Annual administration report of the Civil Veterinary Department, Sind - 1937-1938
Year: 1937
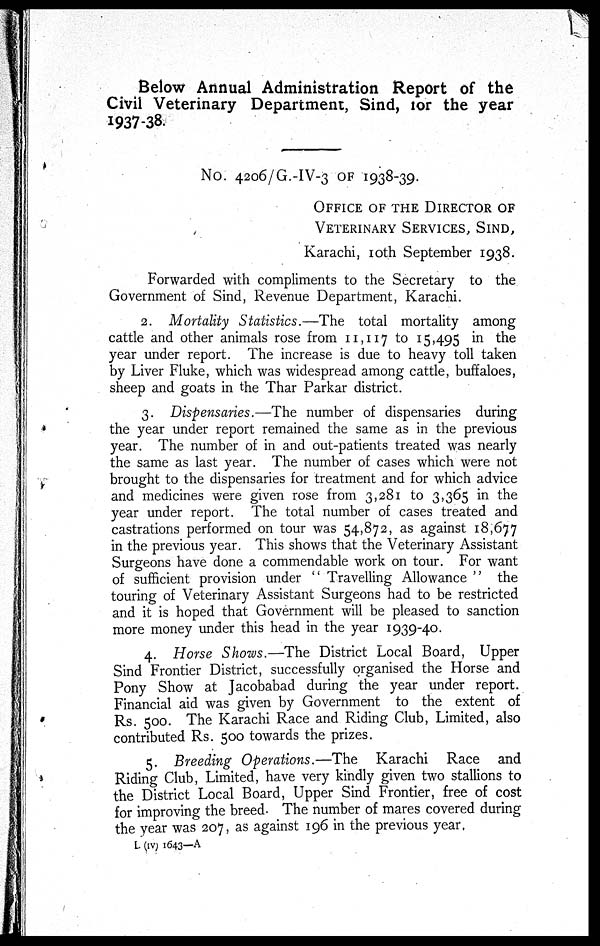
Below Annual Administration Report of the
Civil Veterinary Department, Sind, for the year
1937-38.
No. 4206/G.-IV-3 OF 1938-39.
OFFICE OF THE DIRECTOR OF
VETERINARY SERVICES, SIND,
Karachi, 10th September 1938.
Forwarded with compliments to the Secretary to the
Government of Sind, Revenue Department, Karachi.
2. Mortality Statistics.—The
total mortality among
cattle and other animals rose from 11,117 to 15,495 in the
year under report. The increase is due to heavy toll taken
by Liver Fluke, which was widespread among cattle, buffaloes,
sheep and goats in the Thar Parkar district.
3. Dispensaries.—The number of dispensaries during
the year under report remained the same as in the previous
year. The number of in and out-patients treated was nearly
the same as last year. The number of cases which were not
brought to the dispensaries for treatment and for which advice
and medicines were given rose from 3,281 to 3,365 in the
year under report. The total number of cases treated and
castrations performed on tour was 54,872, as against 18,677
in the previous year. This shows that the Veterinary Assistant
Surgeons have done a commendable work on tour. For want
of sufficient provision under "Travelling Allowance" the
touring of Veterinary Assistant Surgeons had to be restricted
and it is hoped that Government will be pleased to sanction
more money under this head in the year 1939-40.
4. Horse Shows.—The District Local Board, Upper
Sind Frontier District, successfully organised the Horse and
Pony Show at Jacobabad during the year under report.
Financial aid was given by Government to the extent of
Rs. 500. The Karachi Race and Riding Club, Limited, also
contributed Rs. 500 towards the prizes.
5. Breeding Operations.—The
Karachi Race and
Riding Club, Limited, have very kindly given two stallions to
the District Local Board, Upper Sind Frontier, free of cost
for improving the breed. The number of mares covered during
the year was 207, as against 196 in the previous year.
L (IV) 1643—A